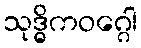
သုဒ္ဓိကဝဂ္ဂေါ